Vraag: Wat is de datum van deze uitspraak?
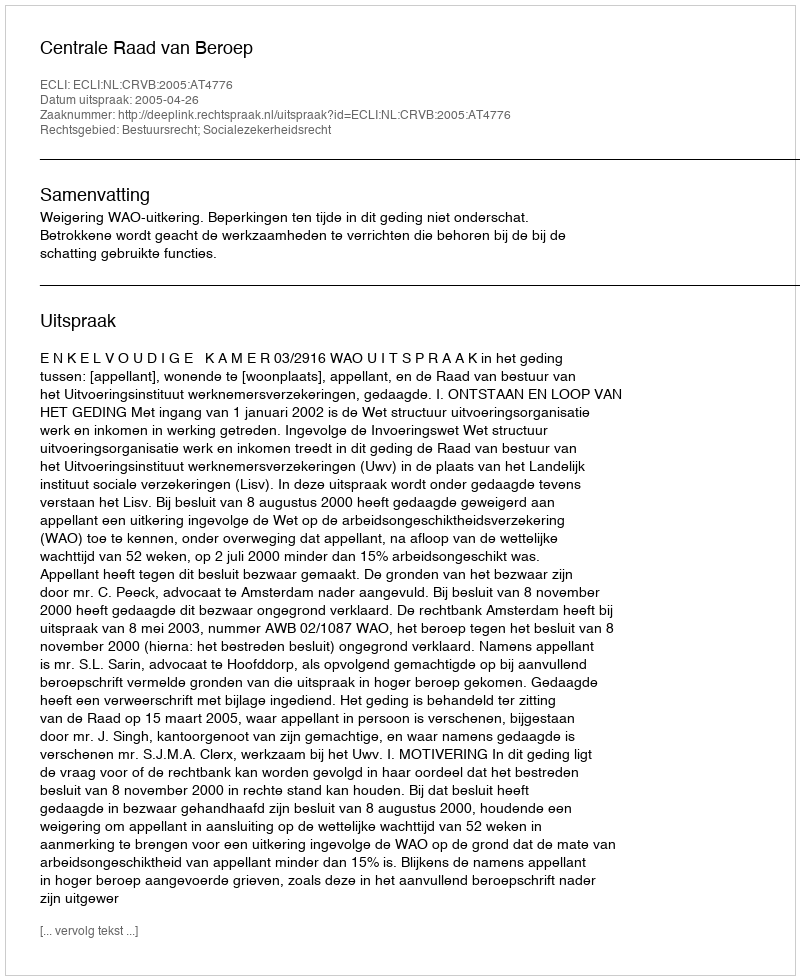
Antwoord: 2005-04-26